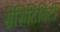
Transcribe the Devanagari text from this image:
सेंसिटिविटी